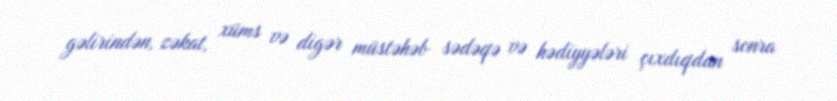
gəlirindən, zəkat, xüms və digər müstəhəb sədəqə və hədiyyələri çıxdıqdan sonra